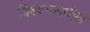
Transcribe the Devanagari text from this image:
विश्वभरातील